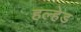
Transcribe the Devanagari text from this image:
हल्हेड